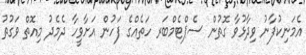
އެމަނިކުފާނު ވިދާޅުވާ ގޮތުން ސެޕްޓެމްބަރ ހަތެއްގެ ފަހުން އަށާވީހާ ދެމެދު މިއޮތް ވަގުތު